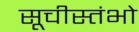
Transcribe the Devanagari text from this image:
सूचीस्तंभो